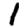
Digit: 1